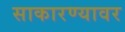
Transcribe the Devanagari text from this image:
साकारण्यावर